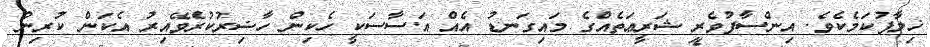
ޚިލާފުކަމެކެވެ. އިންސާފުވެރި ޝަރީޢަތެއްގެ މައިގަނޑު އެއް އަސާސަކީ ހެކިން ހާޟިރުކުރެވޭއިރު އެކަން ކުރިން